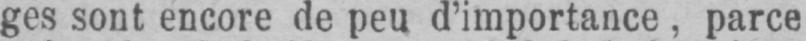
ges sont encore de peu d’importance, parce